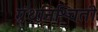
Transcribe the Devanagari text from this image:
ग्रंथनिश्चिती